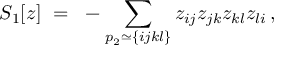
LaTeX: S _ { 1 } [ z ] ~ = ~ - \sum _ { p _ { 2 } \simeq \{ i j k l \} } z _ { i j } z _ { j k } z _ { k l } z _ { l i } \, ,